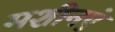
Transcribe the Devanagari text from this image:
मशीनएं